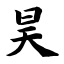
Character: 昊